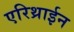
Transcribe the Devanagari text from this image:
एरिथ्राईन